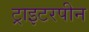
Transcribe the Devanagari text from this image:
ट्राइटरपीन